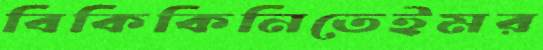
বিকিকিনিতেইমর